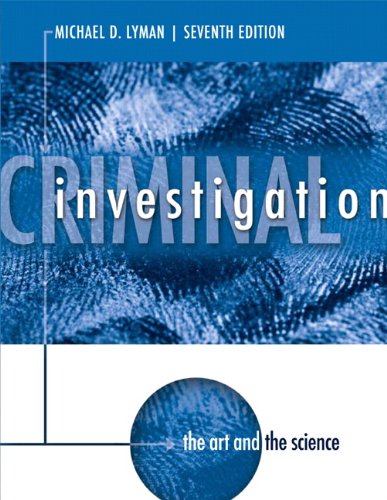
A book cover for Criminal Investigation: The Art and the Science (7th Edition); Michael D. Lyman; Law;